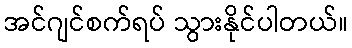
အင်ဂျင်စက်ရပ် သွားနိုင်ပါတယ်။